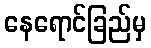
နေရောင်ခြည်မှ